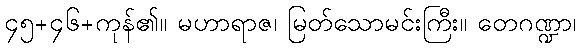
၄၅+၄၆+ကုန်၏။ မဟာရာဇ၊ မြတ်သောမင်းကြီး။ တေဂဏ္ဍာ၊